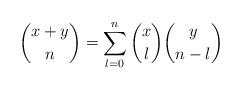
LaTeX: \begin{align*} \binom{x+y}{n}=\sum_{l=0}^n\binom{x}{l}\binom{y}{n-l} \end{align*}